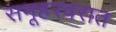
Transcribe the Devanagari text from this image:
समूहस्वरात